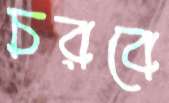
চরবে